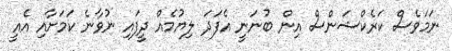
ނަމަވެސް ކަރެކްޝަންސް އިން ބުނަނީ އެފަދަ ލިޔުމެއް ދީފައި ނުވާނެ ކަމަށާއި އެއީ